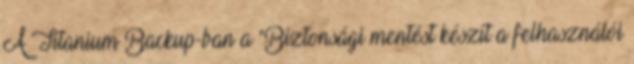
A Titanium Backup-ban a "Biztonsági mentést készít a felhasználói